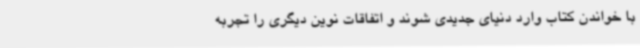
با خواندن کتاب وارد دنیای جدیدی شوند و اتفاقات نوین دیگری را تجربه